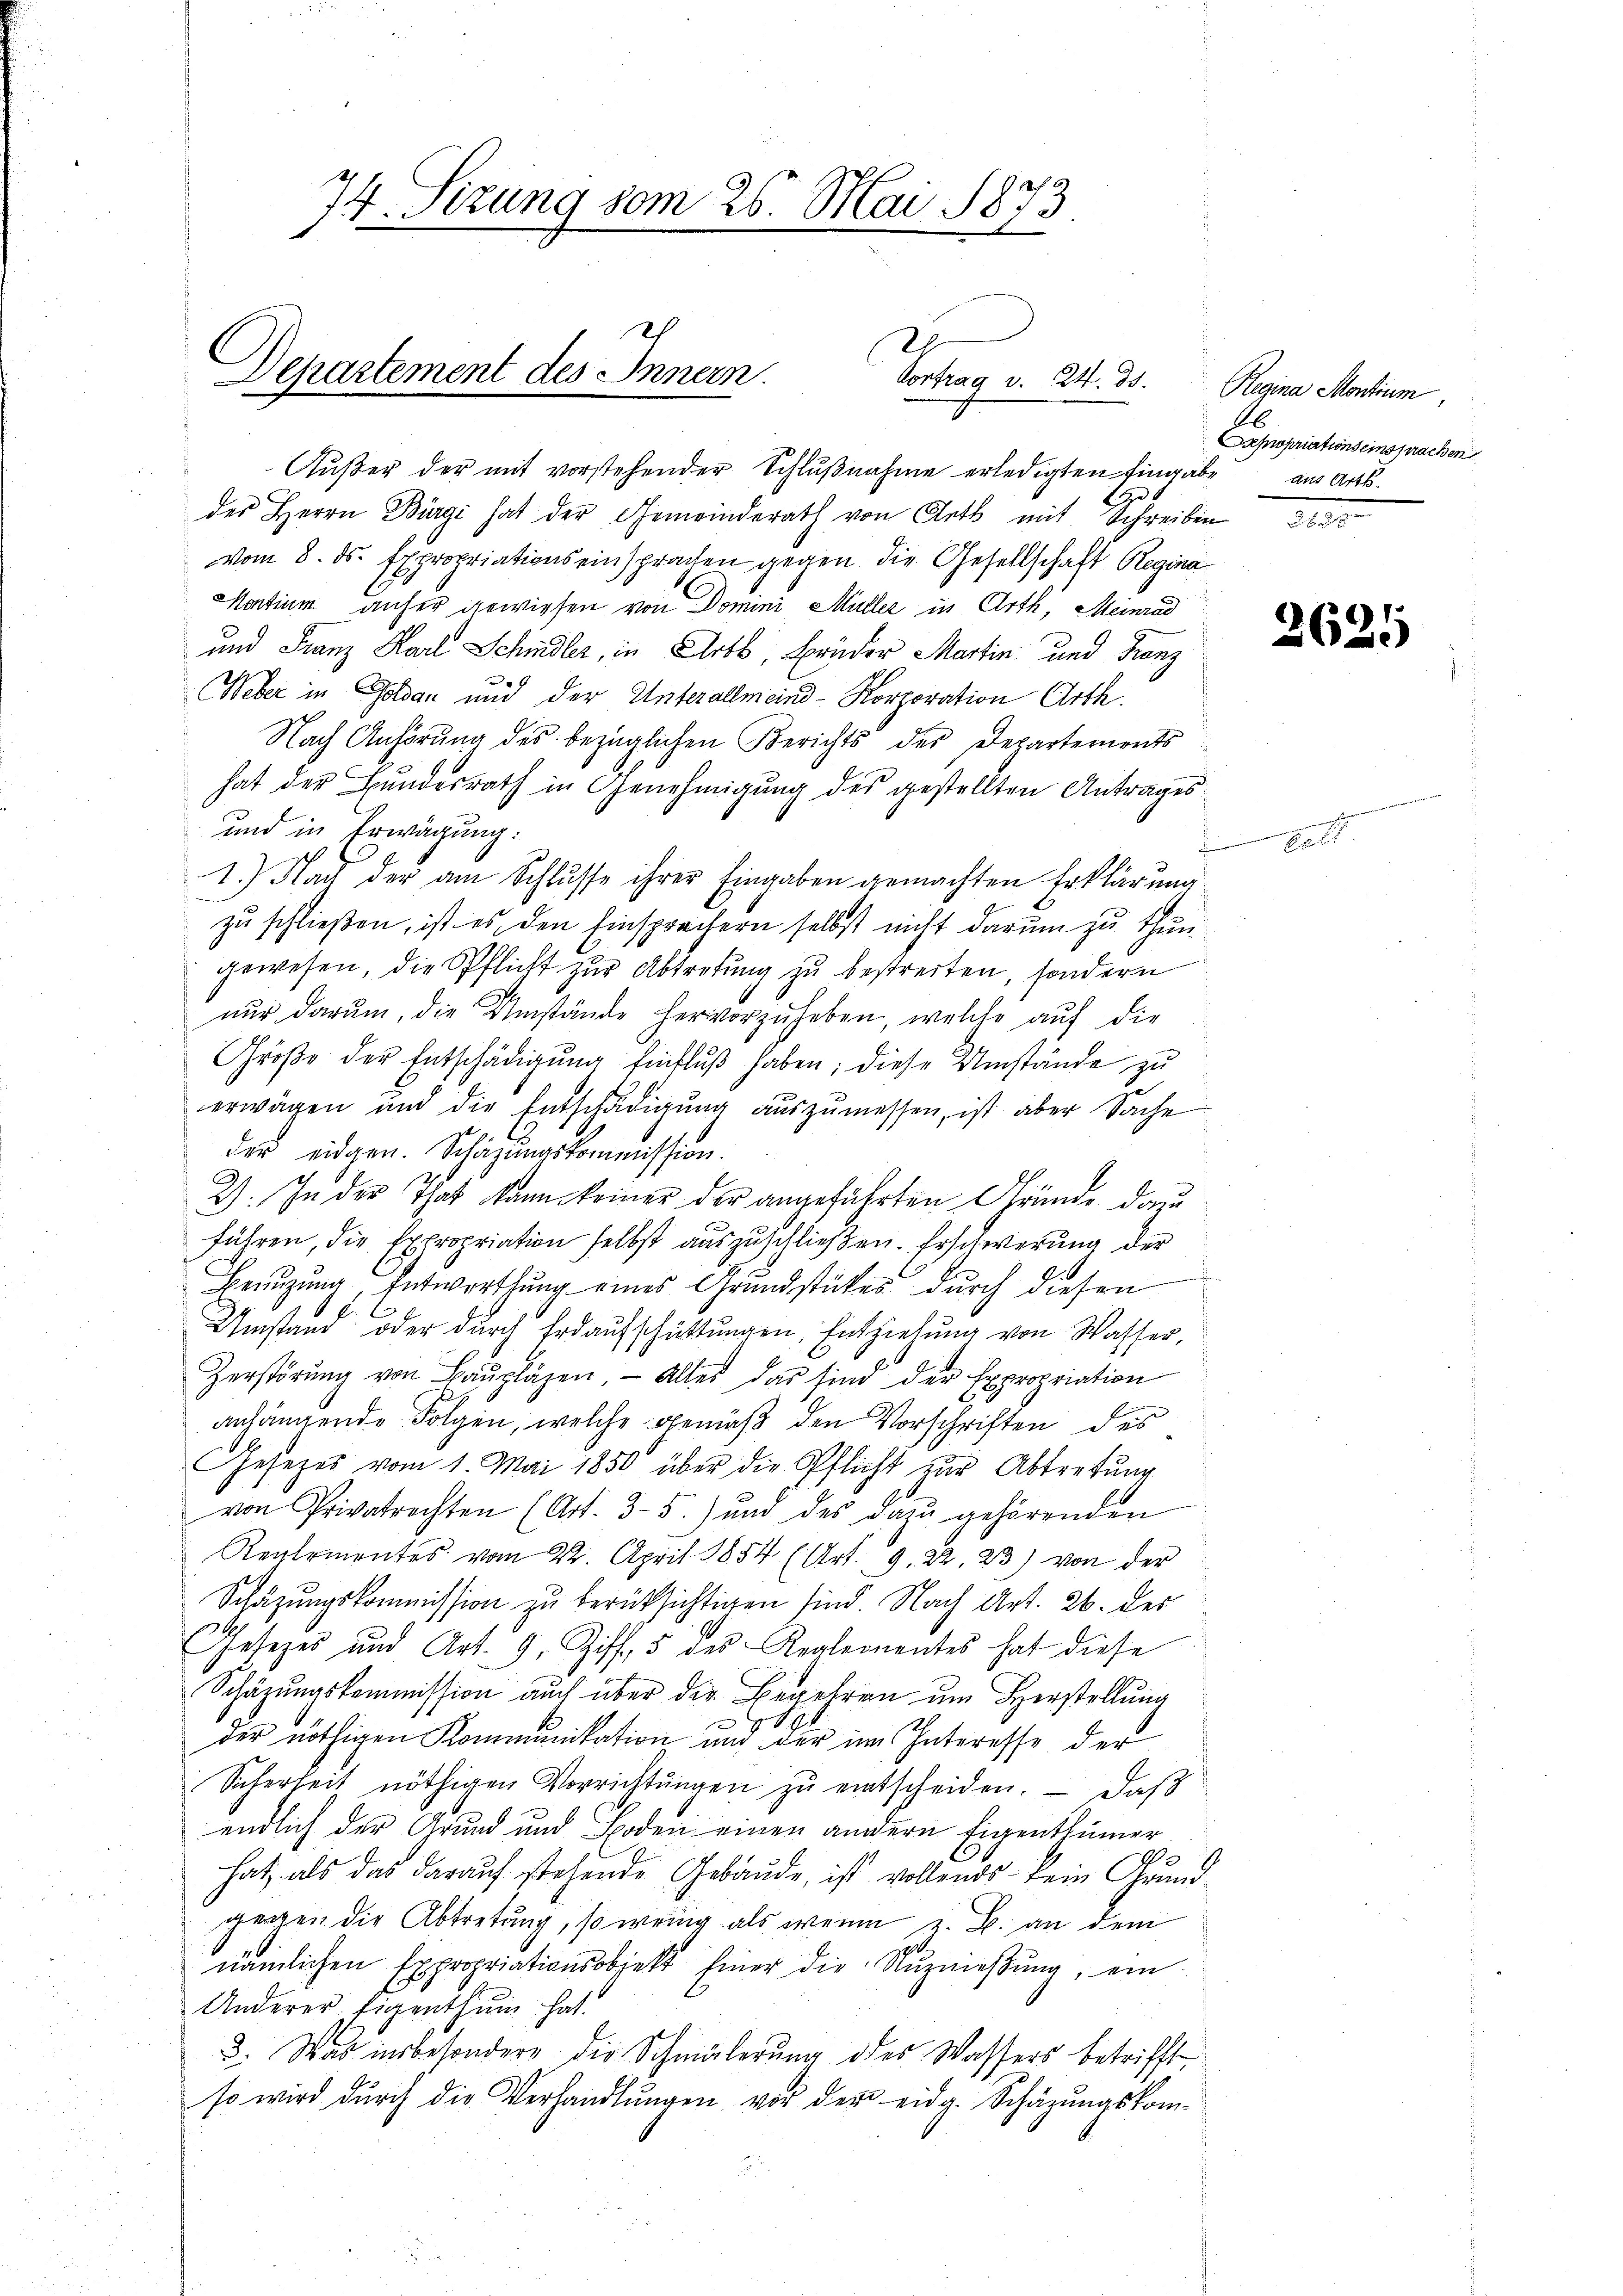
Departement des Innern.
Vortrag d. 24. ds.

74 Sizung vom 26. Mai 1873.

Außer der mit vorstehender Schlŭβnahme erledigten Eingabe aus Art.
des Herrn Biagi hat der Gemeinderath von Aeth mit Schreiben 22 23
vom 8. ds. Expropriationseinsprachen gegen die Gesellschaft Regina
Martium anher gewiesen von Domini Müller in Arth, Meinrad
und Franz Karl Schidler, in Art, Brüder Martin und Franz
Weber in Goldau und der Unterallmeind-Korporation Arth.
Nach Anhörung des bezüglichen Berichts der Departements
hat der Bundesrath in Genehmigung des gestellten Antrages
und in Erwägung:
.
1.) Nach der am Schlusse ihrer Eingaben gemachten Erklärung
zu schließen, ist es, den Einsprechern selbst nicht darum zu thun
gewesen, die Pflicht zur Abtretung zu bestreiten, sondern
nur darum, die Umstände hervorzuheben, welche auf die
Groβe der Entschädigŭng Einflŭβ haben; diese Umstände zu
erwägen und die Entschädigung auszumessen, ist aber Sache
der eidgen. Schazungskommission.
2). In der That kann keiner der angeführten Gründe dann
führen, die Expropriation selbst auszuschließen. Erschwerung der
Benŭtzŭng, Entwortung eines Grundstückes durch diesen
Umstand oder durch Erdaufschüttungen, Entziehung von Wasser,
Zerstörŭng von Baŭplägen. - Alles das sind der Expropriation
anhängende Folgen, welche gemäß den Vorschriften des
Gesetzes vom 1. Mai 1850 über die Pflicht zur Abtretung
von Privatrechten (Art. 3-5.) und des dazu gehörenden
Reglementes vom 22. April 1854 (Art. 9. 22. 23) von der
Schazungskommission zu berücksichtigen sind. Nach Art. 26. des
Gesezes und Art. 9. Ziff. 5 des Realementes hat diese
Schäzungskommission auch über die Begehren um Herstellung
der nöthigen Kommunikation und der im Interesse der
Sicherheit nöthigen Vorrichtŭngen zŭ entscheiden. — Daß
endlich der Grund und Boden einen andern Eigenthümer
9
hat, als das darauf stehende Gebäude, ist vollends kein Grundgenzen die Abtretung, so wenig als wenn z. B. an dem
s
nämlichen Expropriationsobjekt einer die Anznießung, ein
Anderer Eigenthum hat.
3. Was insbesondere die Schmälerŭng des Wassers betrifft
so wird durch die Verhandlungen vor der eidg. Schäzungskom¬

Regina Montium,
apropriations einsprachen

a

26

21